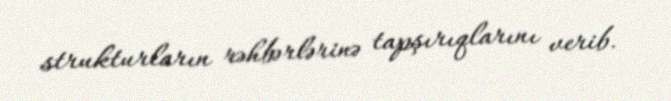
strukturların rəhbərlərinə tapşırıqlarını verib.